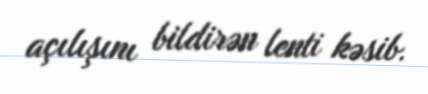
açılışını bildirən lenti kəsib.